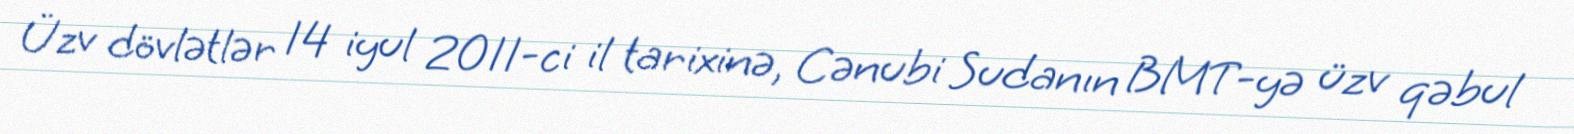
Üzv dövlətlər 14 iyul 2011-ci il tarixinə, Cənubi Sudanın BMT-yə üzv qəbul